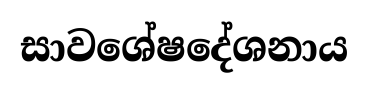
සාවශේෂදේශනාය